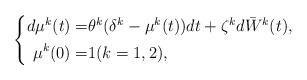
LaTeX: \begin{align*}\left\{\begin{aligned}d\mu^k(t)=&\theta^k(\delta^k-\mu^k(t))dt+\zeta^kd\bar{W}^k(t),\\\mu^k(0)=&1(k=1,2),\end{aligned}\right.\end{align*}